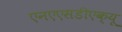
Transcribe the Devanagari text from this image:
एनएएसडीएक्यू